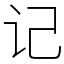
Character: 记